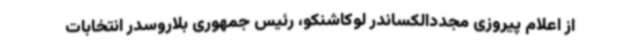
از اعلام پیروزی مجددالکساندر لوکاشنکو، رئیس جمهوری بلاروسدر انتخابات